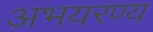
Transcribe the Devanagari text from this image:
अभयरण्य